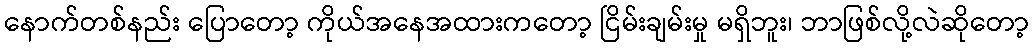
နောက်တစ်နည်း ပြောတော့ ကိုယ်အနေအထားကတော့ ငြိမ်းချမ်းမှု မရှိဘူး၊ ဘာဖြစ်လို့လဲဆိုတော့